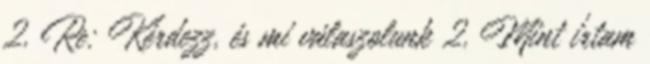
2. Re: Kérdezz, és mi válaszolunk 2. Mint írtam